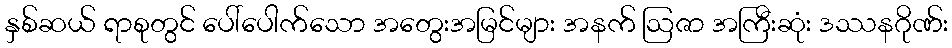
နှစ်ဆယ် ရာစုတွင် ပေါ်ပေါက်သော အတွေးအမြင်များ အနက် ဩဇာ အကြီးဆုံး ဒဿနဂိုဏ်း